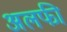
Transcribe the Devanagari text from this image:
अलफी